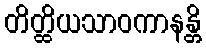
တိတ္ထိယသာဝကာနန္တိ